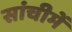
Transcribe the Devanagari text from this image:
सांचीमें